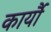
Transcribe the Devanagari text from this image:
कार्यौ